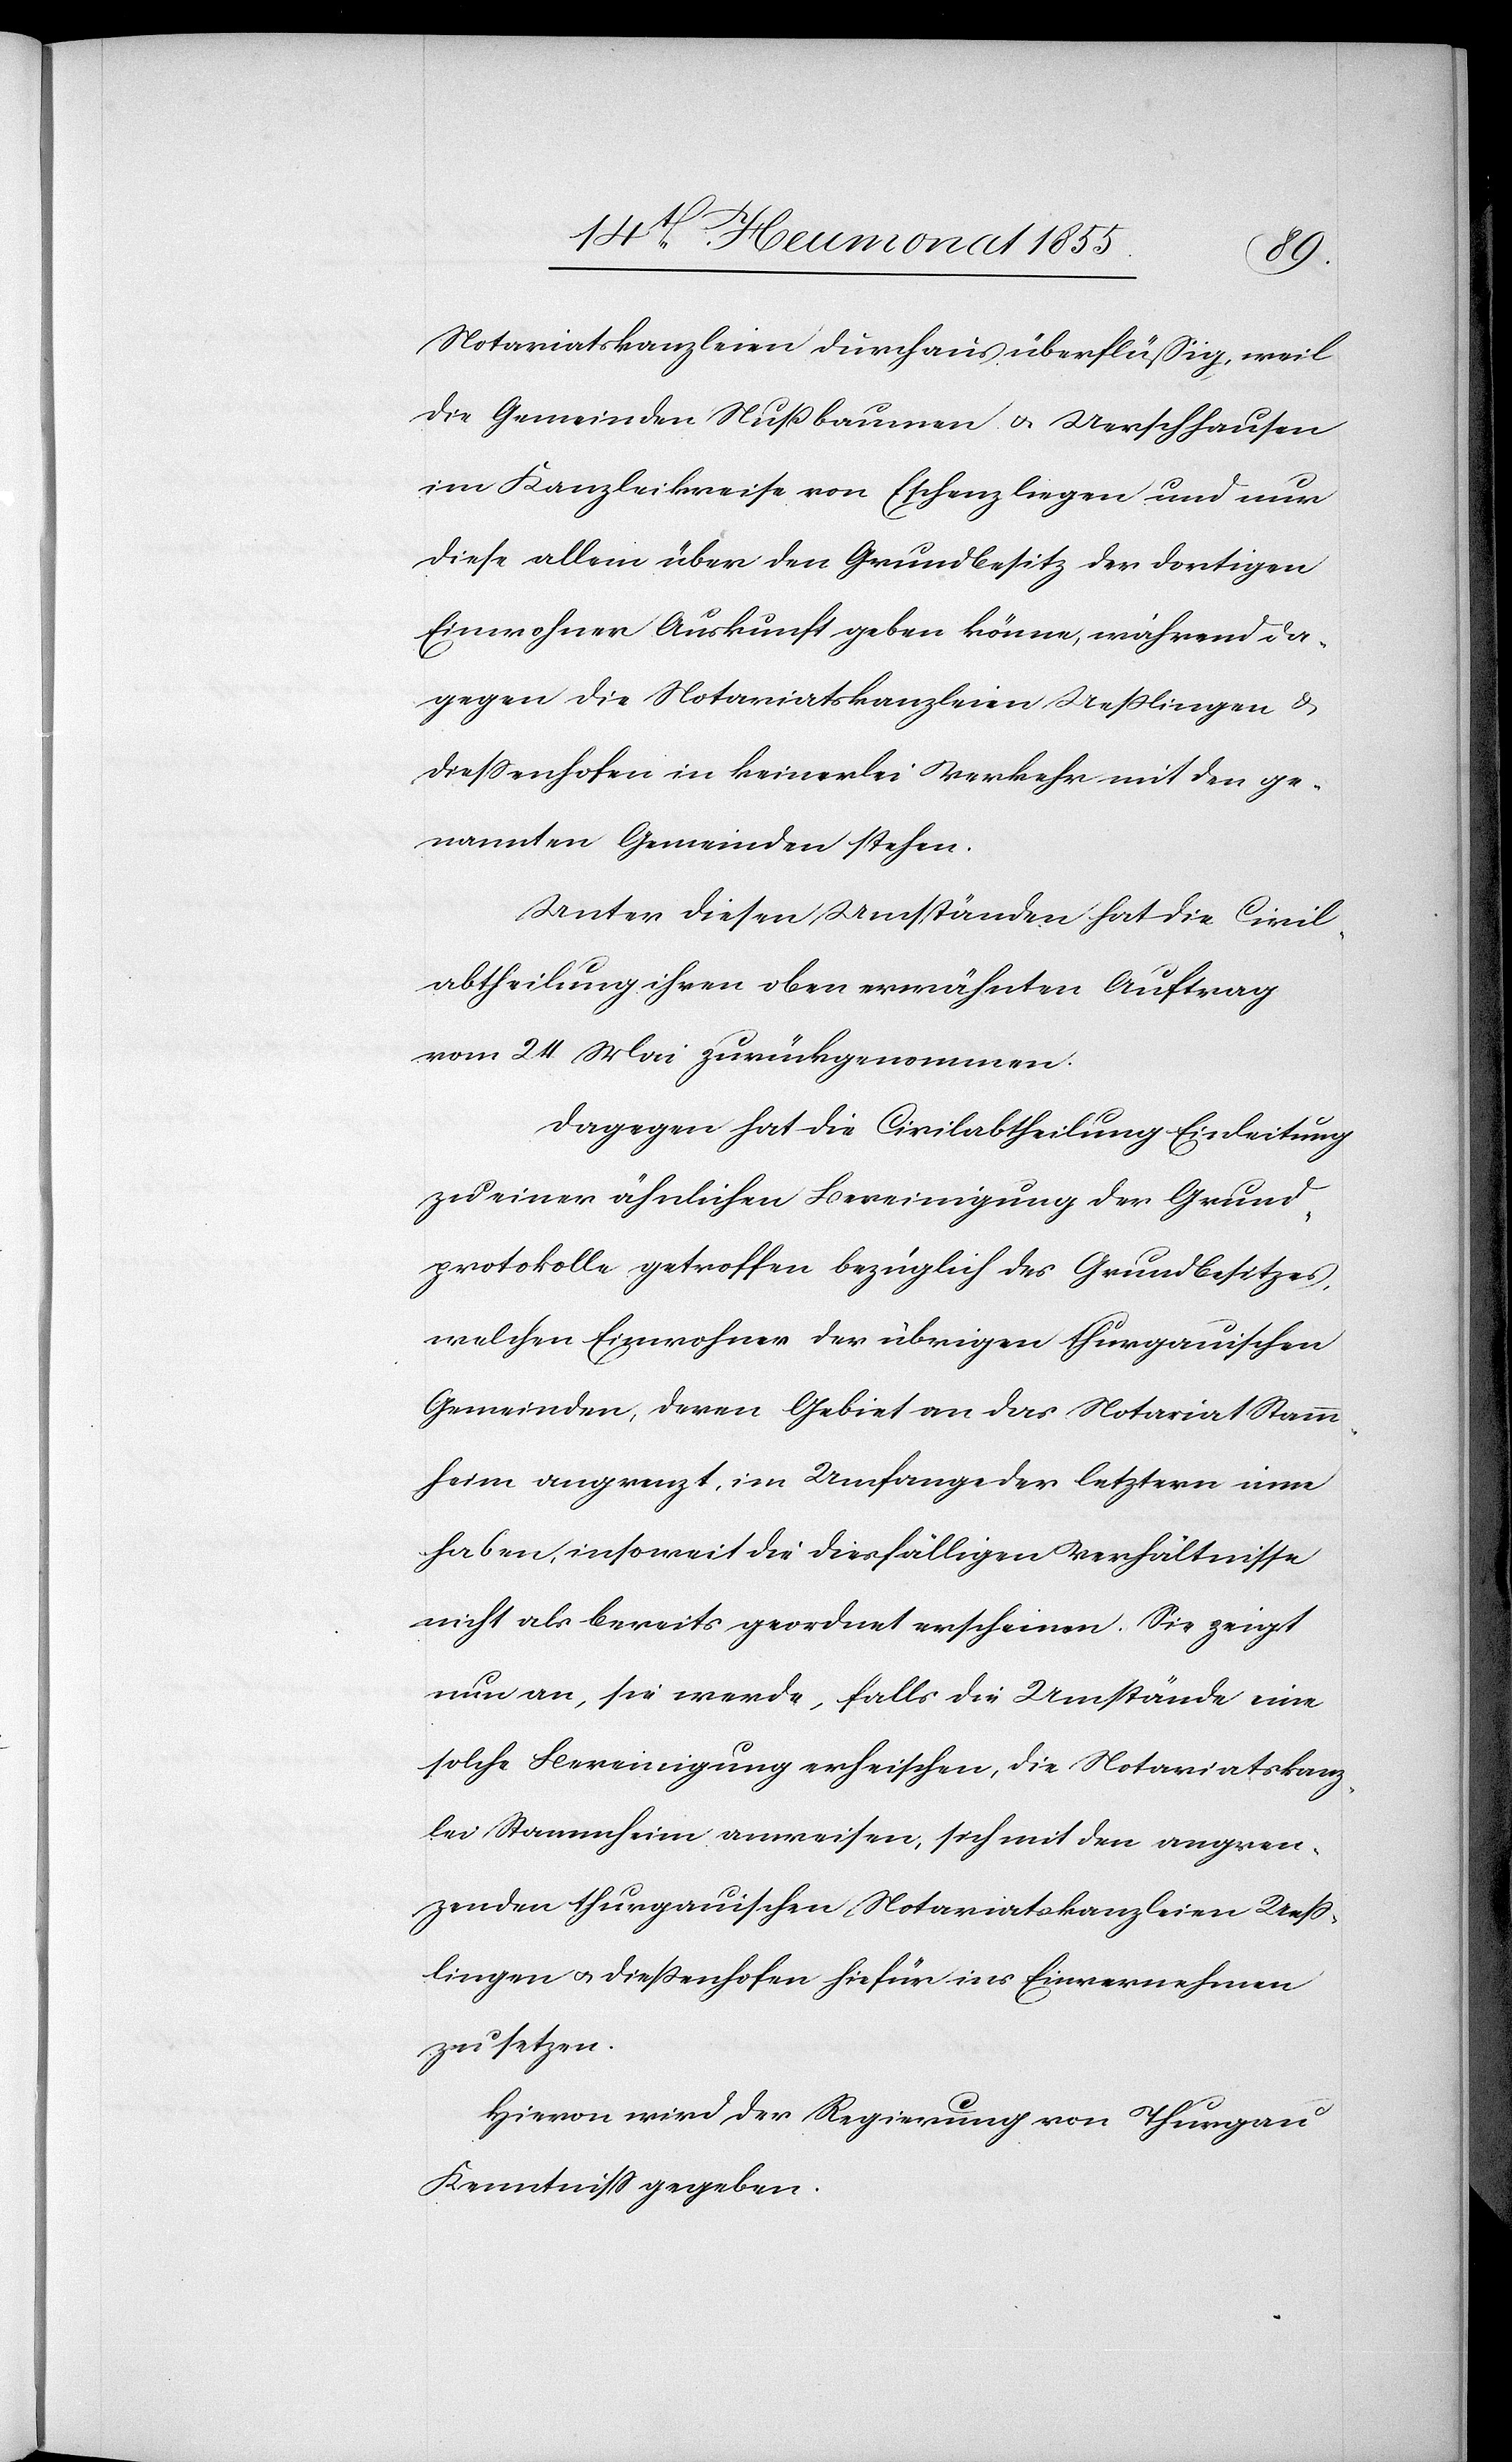
Notariatskanzleien durchaus überflüßig, weil
die Gemeinden Nußbaumen & Uerschhausen
im Kanzleikreise von Eschenz liegen und nur
diese allem über den Grundbesitz der dortigen
Einwohner Auskunft geben könne, während da¬
gegen die Notariatskanzleien Uesslingen &
Diessenhofen in keinerlei Verkehr mit den ge¬
nannten Gemeinden stehen.
Unter diesen Umständen hat die Civil¬
abtheilung ihren oben erwähnten Auftrag
vom 24 Mai zurückgenommen.
Dagegen hat die Civilabtheilung Einleitung
zu einer ähnlichen Bereinigung der Grund¬
protokolle getroffen bezüglich des Grundbesitzes,
welchen Einwohner der übrigen thurgauischen
Gemeinden, deren Gebiet an das Notariat Stamm¬
heim angrenzt, im Umfange der letztern inne
haben, insoweit die diesfälligen Verhältnisse
nicht als bereits geordnet erscheinen. Sie zeigt
nun an, sie werde, falls die Umstände eine
solche Bereinigung erheischen, die Notariatskanz¬
lei Stammheim anweisen, sich mit den angren¬
zenden thurgauischen Notariatskanzleien Uess¬
lingen & Diessenhofen hiefür ins Einvernehmen
zu setzen.
Hievon wird der Regierung von Thurgau
Kenntniss gegeben.